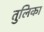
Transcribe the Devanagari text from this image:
तुलिका